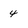
Character: 4